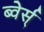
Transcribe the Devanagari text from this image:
ब्वेर्स्